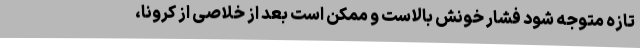
تازه متوجه شود فشار خونش بالاست و ممکن است بعد از خلاصی از کرونا،